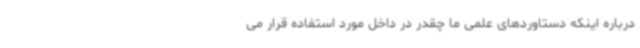
درباره اینکه دستاوردهای علمی ما چقدر در داخل مورد استفاده قرار می